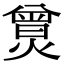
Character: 𤎯